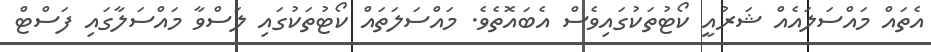
އެތައް މައްސަލައެއް ޝަރުއީ ކޯޓުތަކުގައިވެސް އެބައޮތެވެ. މައްސަލަތައް ކޯޓުތަކުގައި ލަސްވާ މައްސަލާގައި ފަސްޓް